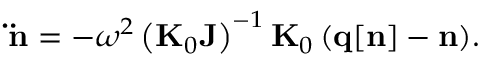
{ \displaystyle { \bf \ddot { n } } = - \omega ^ { 2 } \left( { \bf K } _ { 0 } { \bf J } \right) ^ { - 1 } { \bf K } _ { 0 } \left( { \bf q [ n ] - n } \right) } .